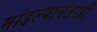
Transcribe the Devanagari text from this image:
मांडल्यानंतरही